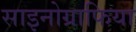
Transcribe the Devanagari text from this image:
साइनोग्राफिया